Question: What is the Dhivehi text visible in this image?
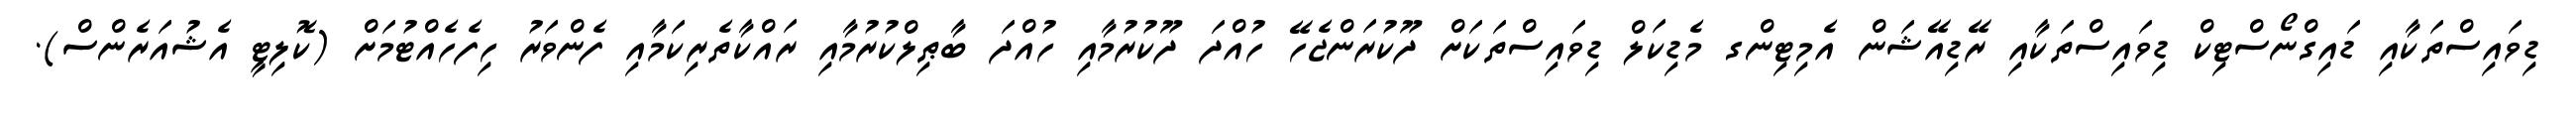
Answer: ޑިވައިސްތަކާއި ޑައިގްނޯސްޓިކް ޑިވައިސްތަކާއި ރޭޑިއޭޝަން އެމިޓިންގ މެޑިކަލް ޑިވައިސްތަކަށް ދޫކުރަންޖެހޭ ހުއްދަ ދޫކުރުމާއި ހުއްދަ ބާޠިލްކުރުމާއި ރައްކާތެރިކަމާއި ފެންވަރު ހިފެހެއްޓުމަށް (ކޮލިޓީ އެޝުއަރެންސް).